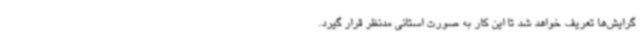
گرایش‌ها تعریف خواهد شد تا این کار به صورت استانی مدنظر قرار گیرد.